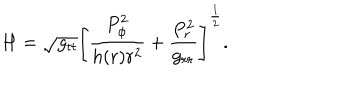
H = \sqrt { g _ { t t } } \left[ { \frac { P _ { \phi } ^ { 2 } } { h ( r ) r ^ { 2 } } } + { \frac { P _ { r } ^ { 2 } } { g _ { r r } } } \right] ^ { \frac { 1 } { 2 } } .